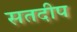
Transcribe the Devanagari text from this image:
सतदीप